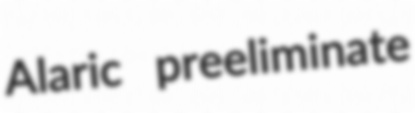
Alaric preeliminate